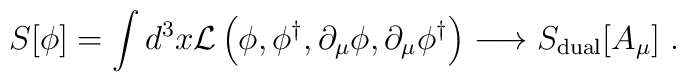
S[\phi]=\int d^3x {\cal L}\left( \phi ,\phi ^{\dagger },\partial _\mu  \phi,\partial _\mu \phi ^{\dagger }\right)\longrightarrow S_{{\rm dual}}[A_\mu]\;.